Report of the Municipal Commissioner on the plague in Bombay for the year ending 31st May... - Volume 1
Disease focus: Plague
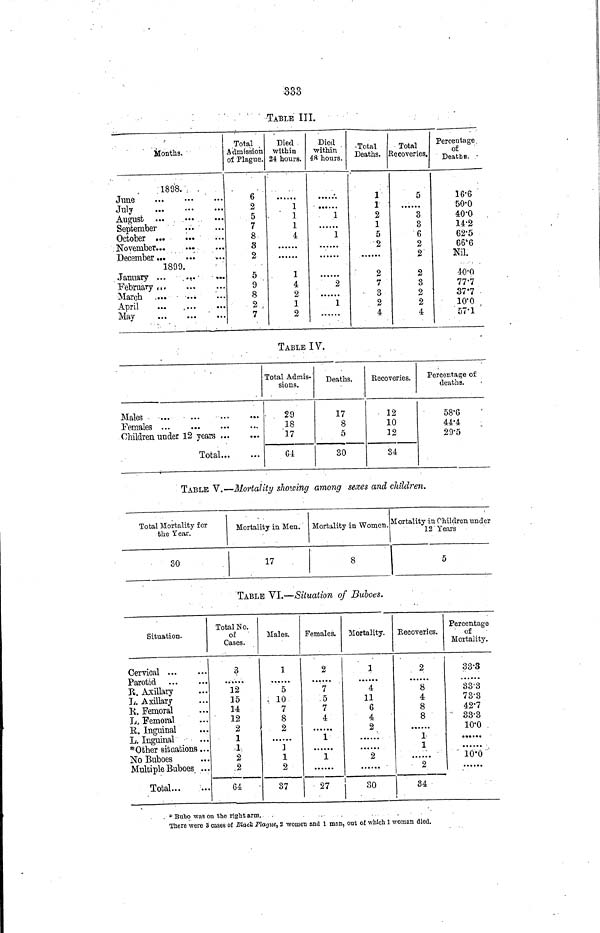
333
TABLE III.
i
Months.
1898.
June
July
August
September
October
November
December
1899.
January ...
February
•March
April
May
Total
Admission
of Plague.
6
2
5
7
8
3
2
5
9
8
2
7
Died
within
24: hours.
1
1
1
4
1
4
2
1
2
Diet!
within
48 hours.
1
1
2
1
Tntol
1
1
2
1
5
2
2
7
3
2
4
Tr.4-01
5
3
3
6
2
2
2
3
2
2
4
Percentage
of
Deaths.
16'6
50.0
40.0
14.2
62.5
66.6
Nil.
40.0
77,7
37.7
10.0
57.1
TABLE IV.
Males
..
Females
Children under 12 years
Total
Total Admis-
sions.
29
18
17
64
Deaths.
17
8
5
30
Eecoveries.
12
10
12
34
Percentage of
deaths.
58'6
44.4
29.5
TABLE V.—Mortality showing among sexes and children.
Total Mortality for
the Year.
30
Mortality in Men.
17
Mortality in Women.
8
Mortality in Children under
12 Years
5
TABLE VI.—Situation of Buboes.
Situation.
Cervical ...
Parotid
R. Axillary
L. Axillary
R. Femoral
L, Femoral
E. Inguinal
L. Inguinal
Other situations ...
No Buboes
Multiple Buboes ...
Total
Total No.
of
Cases.
3
12
15
14
12
2
1
1
2
2
64
Males.
1
5
10
7
8
2
1
2
37
Females.
2
7
5
7
4
1
1
27
Mortality.
1
4
11
6
4
2
2
-
30
Recoveries.
2
......
8
4
8
8
1
1
......
2
34
Percentage
of
Mortality.
33'3
33.3
73.3
42.7
33.3
10.0
•.•••••
10.0
Bubo was on the right arm.
There were 3 cases of Black Plague, s women and 1 man, out of which 1 woman died.